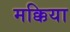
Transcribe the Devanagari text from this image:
मक्किया